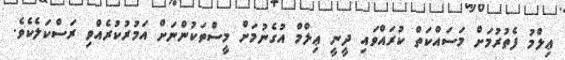
ޢިލްމު ފެތުރުމަށް މަސައްކަތް ކުރައްވައި ދީނީ ޢިލްމް އުގެނުމަށް މީސްތަކުންނަށް އަމުރުކުރެއްވި ރަސްކަލެކެވެ.